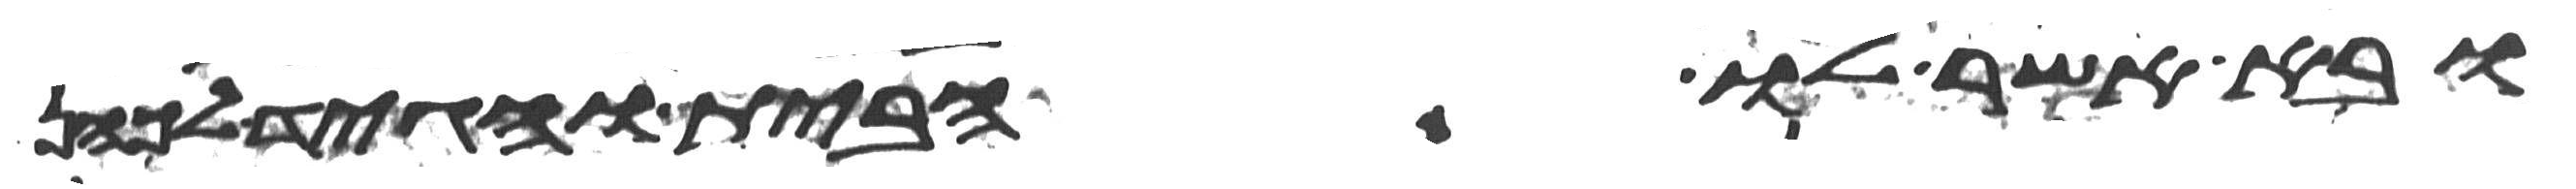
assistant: ובא אשר לו הבית והגיד לכהן